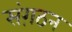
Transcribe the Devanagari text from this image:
संग़ठन